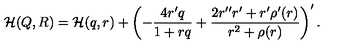
{ \cal H } ( Q , R ) = { \cal H } ( q , r ) + \left( - \frac { 4 r ^ { \prime } q } { 1 + r q } + \frac { 2 r ^ { \prime \prime } r ^ { \prime } + r ^ { \prime } \rho ^ { \prime } ( r ) } { r ^ { 2 } + \rho ( r ) } \right) ^ { \prime } .